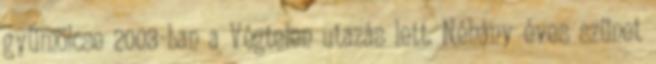
gyümölcse 2003-ban a Végtelen utazás lett. Néhány éves szünet